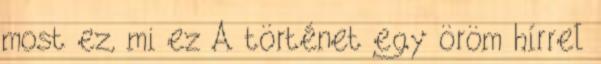
most ez, mi ez A történet egy öröm hírrel